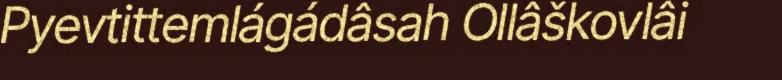
Pyevtittemlágádâsah Ollâškovlâi